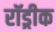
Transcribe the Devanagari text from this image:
रॉड्रीक